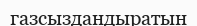
газсыздандыратын